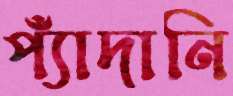
প্যাঁদানি